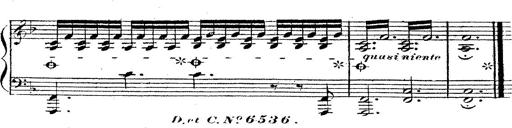
Title: 12 Lieder von Franz Schubert
Composer: Franz Liszt